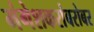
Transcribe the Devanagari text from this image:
मंगेशकरांबरोबर